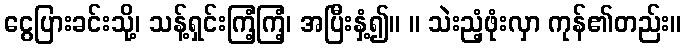
ငွေပြားခင်းသို့၊ သန့်ရှင်းကြံ့ကြံ့၊ အပြီးနှံ့၍။ ။ သဲးညံ့ဖုံးလှာ ကုန်၏တည်း။